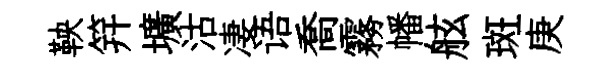
鞅笄壙沽凄语喬霧幡舷斑庚